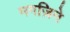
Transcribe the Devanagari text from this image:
मगज़िने